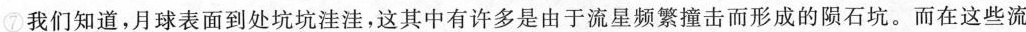
⑦我们知道，月球表面到处坑坑洼洼，这其中有许多由于流星频繁撞击而形成的石坑。而在这些流